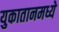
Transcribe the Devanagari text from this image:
युकातानमध्ये